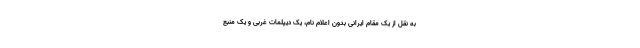
به نقل از یک مقام ایرانی بدون اعلام نام، یک دیپلمات غربی و یک منبع